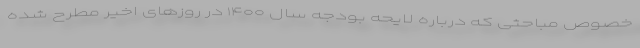
خصوص مباحثی که درباره لایحه بودجه سال ۱۴۰۰ در روزهای اخیر مطرح شده